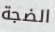
الضجة